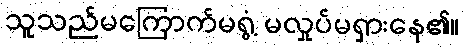
သူသည်မကြောက်မရွံ့ မလှုပ်မရှားနေ၏။